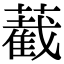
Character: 䕙